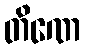
တိဏေ